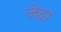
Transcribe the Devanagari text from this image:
जेदा